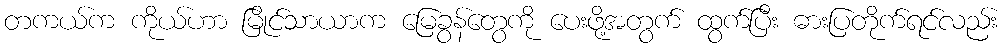
တကယ်က ကိုယ်ဟာ မြိုင်သာယာက မြေခွန်တွေကို ပေးဖို့အတွက် ထွက်ပြီး ဓားပြတိုက်ရင်လည်း